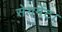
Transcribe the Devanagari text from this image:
सेगमेंट।